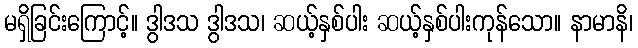
မရှိခြင်းကြောင့်။ ဒွါဒသ ဒွါဒသ၊ ဆယ့်နှစ်ပါး ဆယ့်နှစ်ပါးကုန်သော။ နာမာနိ၊